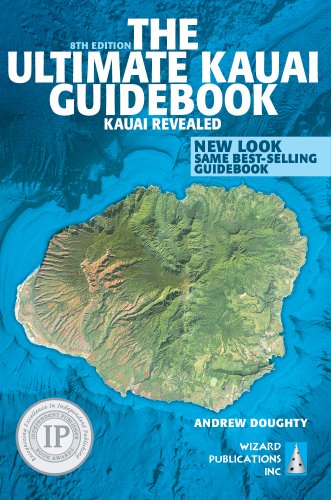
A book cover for The Ultimate Kauai Guidebook: Kauai Revealed; Andrew Doughty; Travel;